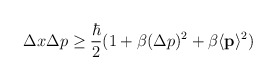
\begin{align*}\Delta x \Delta p \ge \frac{\hbar}{2} (1+\beta (\Delta p)^2 + \beta \langle {\bf{p}} \rangle^2)\end{align*}